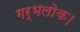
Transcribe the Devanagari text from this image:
गर्भलोक।